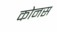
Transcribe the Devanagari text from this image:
कोनस